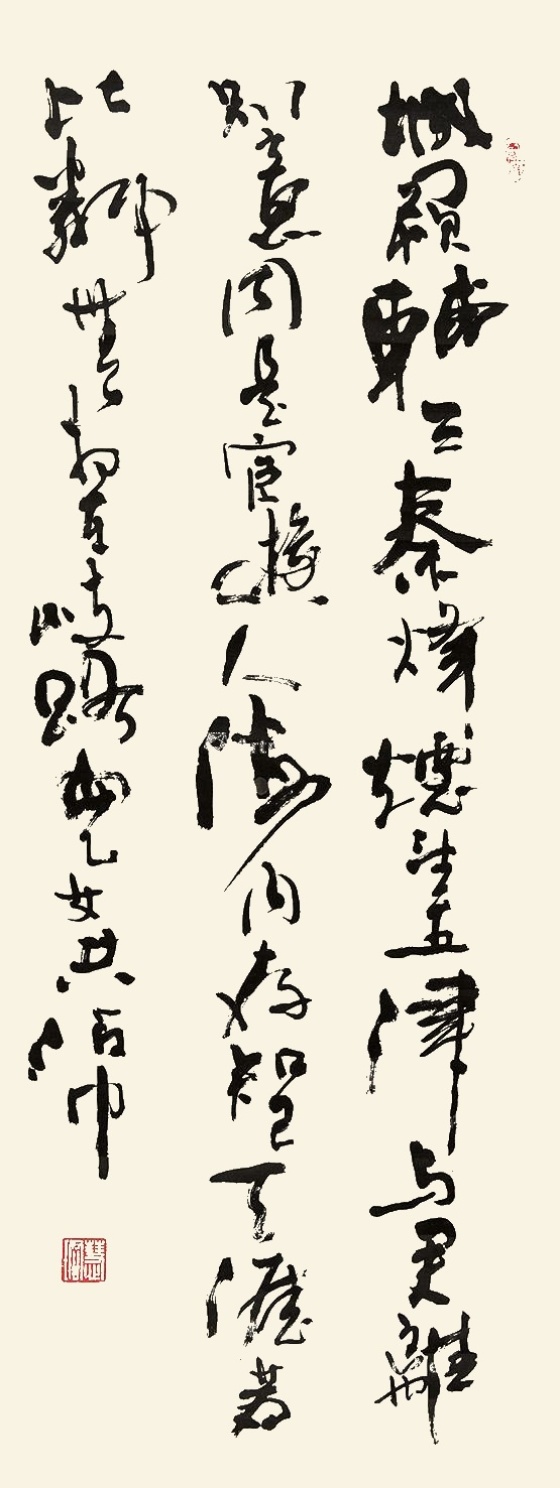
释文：城阙辅三秦，风烟望五津。与君离别意，同是宦游人。海内存知己，天涯若比邻。无为在歧路，儿女共沾巾。慧珺、寄情